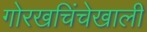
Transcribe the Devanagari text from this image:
गोरखचिंचेखाली